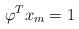
LaTeX: \begin{align*}\varphi^{T}x_{m}=1 \end{align*}